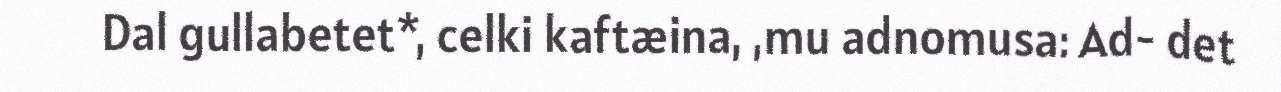
Dal gullabetet*, celki kaftæina, ,mu adnomusa: Ad- det